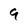
Character: 9